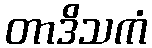
တာဒိသကံ